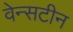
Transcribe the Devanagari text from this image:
वेन्सटीन